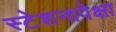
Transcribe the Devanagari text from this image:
स्टेशनापेक्षा